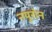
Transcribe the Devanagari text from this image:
नयूरोन